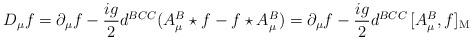
LaTeX: \begin{align*}D_{\mu}f = \partial_{\mu}f - {ig\over 2} d^{BCC} (A_{\mu}^{B}\star f -f\star A_{\mu}^{B}) = \partial_{\mu}f - {ig\over 2} d^{BCC}\,[A_{\mu}^{B}, f]_{\rm M}\end{align*}